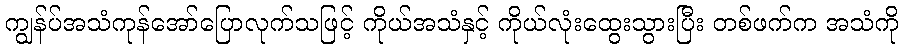
ကျွန်ပ်အသံကုန်အော်ပြောလုက်သဖြင့် ကိုယ်အသံနှင့် ကိုယ်လုံးထွေးသွားပြီး တစ်ဖက်က အသံကို